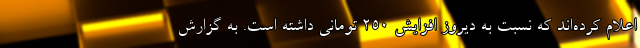
اعلام کرده‌اند که نسبت به دیروز افزایش ۲۵۰ تومانی داشته است. به گزارش